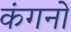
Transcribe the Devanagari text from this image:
कंगनों